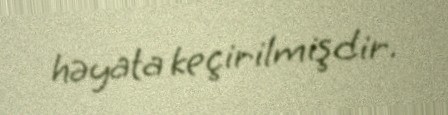
həyata keçirilmişdir.